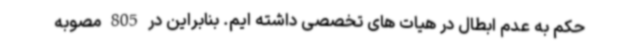
حکم به عدم ابطال در هیات های تخصصی داشته ایم. بنابراین در 805 مصوبه